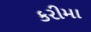
કરીમા